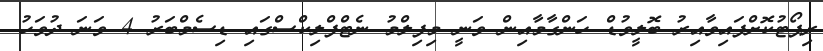
ރިޕޯޓުކޮށްފައިވާއިރު ބޮލީވުޑް ހަންގާމާއިން ވަނީ މިފިލްމު ނެޓްފްލިކްސްގައި ޑިސެމްބަރު 4 ވަނަ ދުވަހު